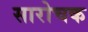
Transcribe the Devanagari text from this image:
सारोचक